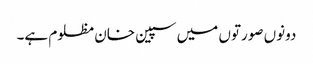
دونوں صورتوں میں سپین خان مظلوم ہے۔